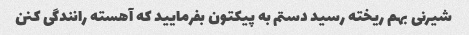
شیرنی بهم ریخته رسید دستم به پیکتون بفرمایید که آهسته رانندگی کنن